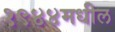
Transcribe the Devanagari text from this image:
१९४४मधील